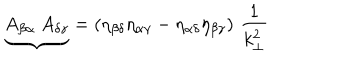
{ \underbrace { A _ { \beta \alpha } ~ A _ { \delta \gamma } } } = \left( \eta _ { \beta \delta } \eta _ { \alpha \gamma } - \eta _ { \alpha \delta } \eta _ { \beta \gamma } \right) \, \frac { 1 } { k _ { \bot } ^ { 2 } }